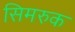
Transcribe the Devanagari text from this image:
सिमरुक